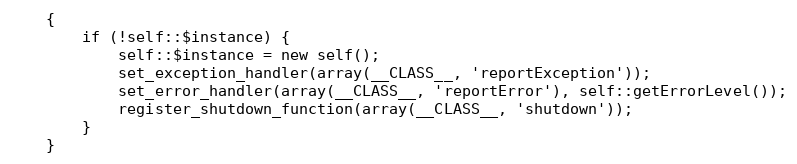
Language: PHP
    {
        if (!self::$instance) {
            self::$instance = new self();
            set_exception_handler(array(__CLASS__, 'reportException'));
            set_error_handler(array(__CLASS__, 'reportError'), self::getErrorLevel());
            register_shutdown_function(array(__CLASS__, 'shutdown'));
        }
    }